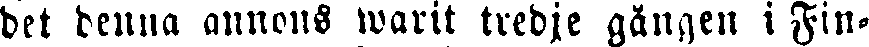
bet denna annons warit tredje gängen i Fin-